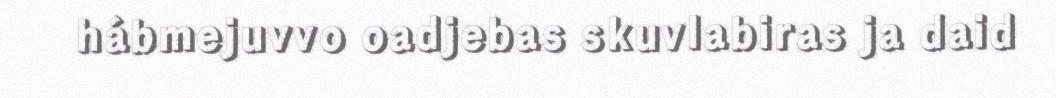
hábmejuvvo oadjebas skuvlabiras ja daid